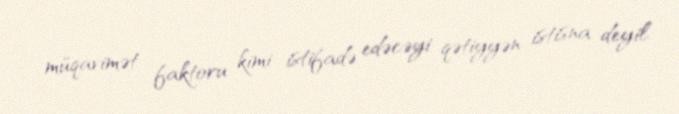
müqavimət faktoru kimi istifadə edəcəyi qətiyyən istisna deyil.